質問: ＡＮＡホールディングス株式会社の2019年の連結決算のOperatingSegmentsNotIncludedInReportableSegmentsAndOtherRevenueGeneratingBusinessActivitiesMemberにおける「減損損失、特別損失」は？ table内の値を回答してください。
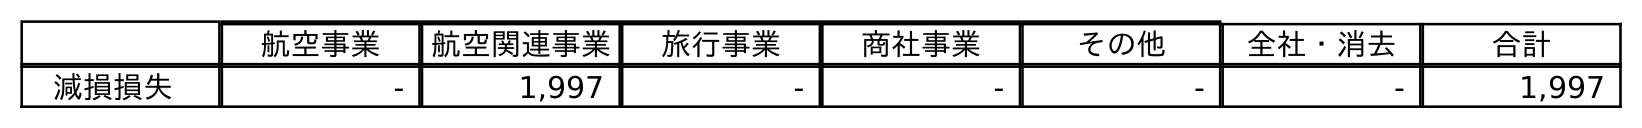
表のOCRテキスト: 航空事業 航空関連事業 旅行事業 商社事業 その他 全社・消去 合計 減損損失 - 1,997 - - - - 1,997
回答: -